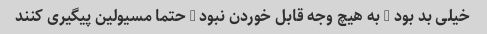
خیلی بد بود - به هیچ وجه قابل خوردن نبود - حتما مسیولین پیگیری کنند